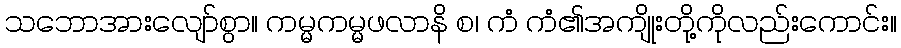
သဘောအားလျော်စွာ။ ကမ္မကမ္မဖလာနိ စ၊ ကံ ကံ၏အကျိုးတို့ကိုလည်းကောင်း။